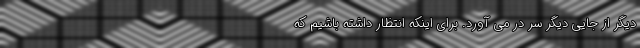
دیگر از جایی دیگر سر در می آورد. برای اینکه انتظار داشته باشیم که